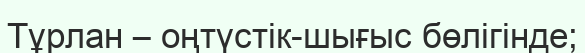
Тұрлан – оңтүстік-шығыс бөлігінде;